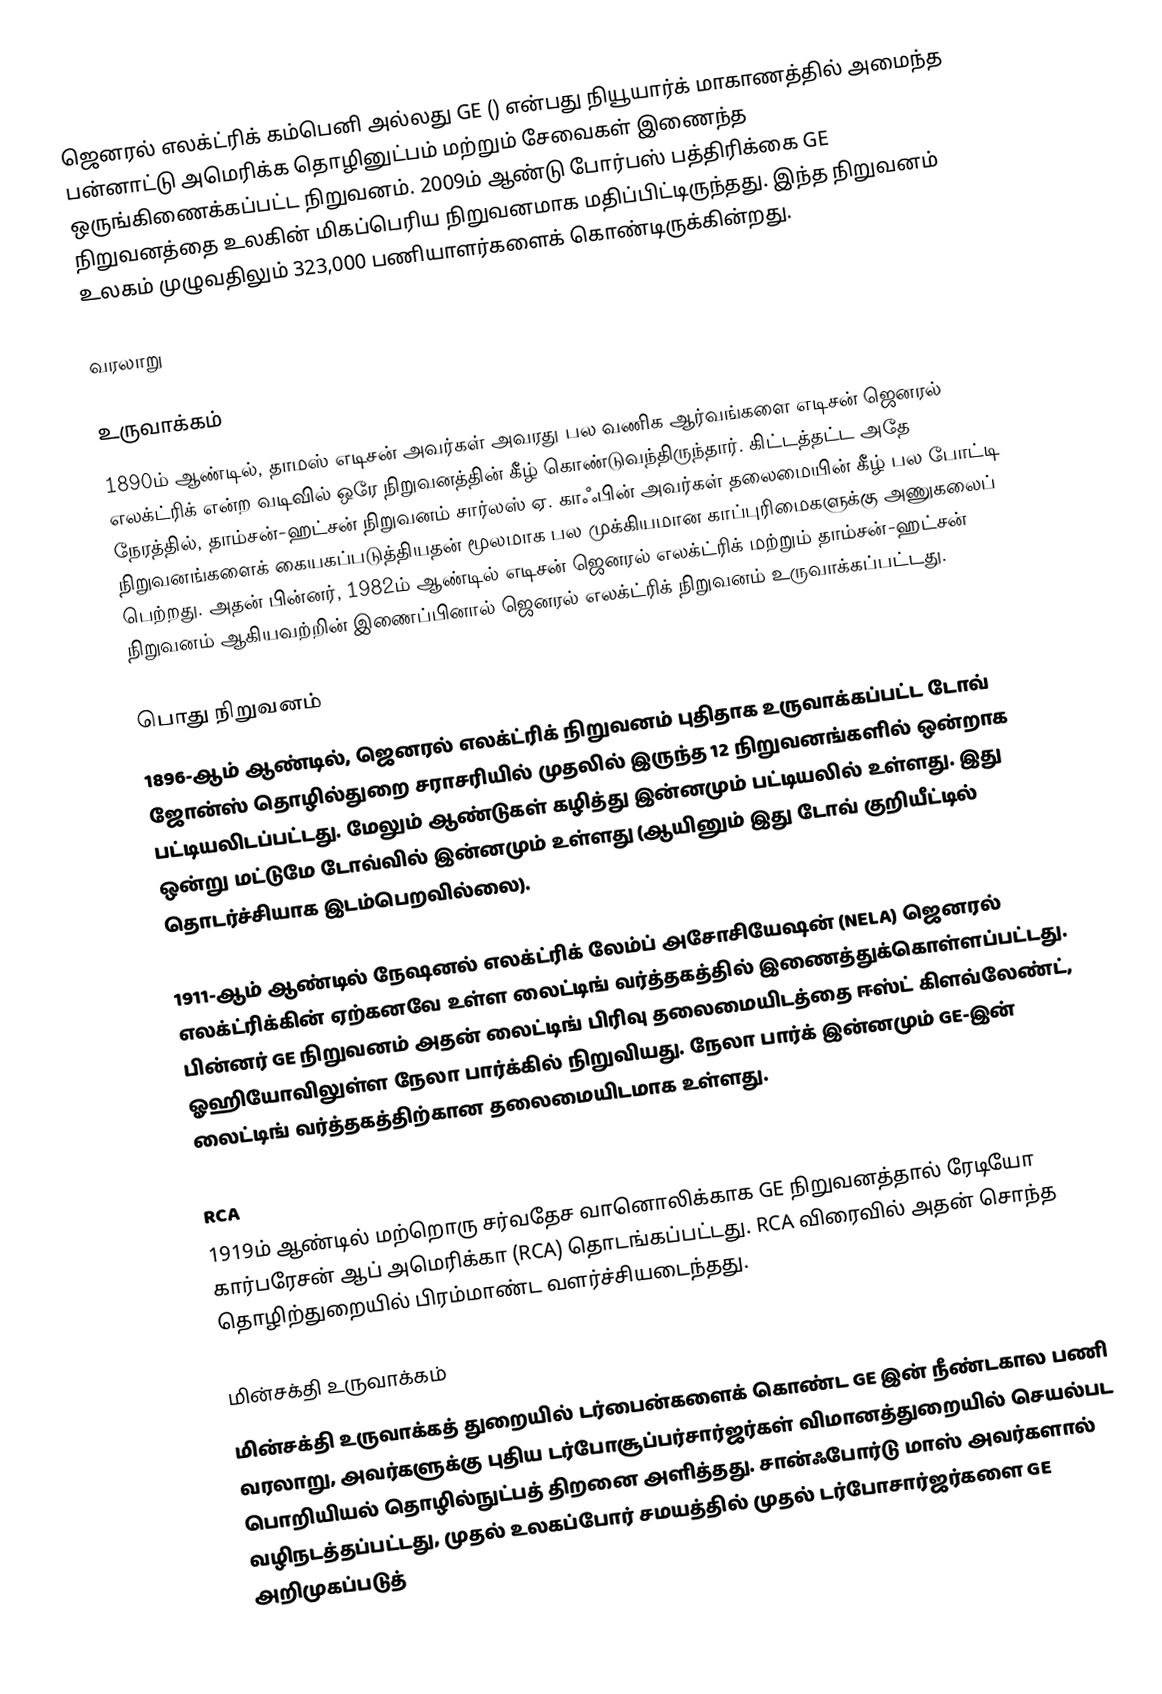
ஜெனரல் எலக்ட்ரிக் கம்பெனி அல்லது GE () என்பது நியூயார்க் மாகாணத்தில் அமைந்த பன்னாட்டு அமெரிக்க தொழினுட்பம் மற்றும் சேவைகள் இணைந்த ஒருங்கிணைக்கப்பட்ட நிறுவனம். 2009ம் ஆண்டு போர்பஸ் பத்திரிக்கை GE நிறுவனத்தை உலகின் மிகப்பெரிய நிறுவனமாக மதிப்பிட்டிருந்தது. இந்த நிறுவனம் உலகம் முழுவதிலும் 323,000 பணியாளர்களைக் கொண்டிருக்கின்றது.

வரலாறு

உருவாக்கம்
1890ம் ஆண்டில், தாமஸ் எடிசன் அவர்கள் அவரது பல வணிக ஆர்வங்களை எடிசன் ஜெனரல் எலக்ட்ரிக் என்ற வடிவில் ஒரே நிறுவனத்தின் கீழ் கொண்டுவந்திருந்தார். கிட்டத்தட்ட அதே நேரத்தில், தாம்சன்-ஹட்சன் நிறுவனம் சார்லஸ் ஏ. காஃபின் அவர்கள் தலைமையின் கீழ் பல போட்டி நிறுவனங்களைக் கையகப்படுத்தியதன் மூலமாக பல முக்கியமான காப்புரிமைகளுக்கு அணுகலைப் பெற்றது. அதன் பின்னர், 1982ம் ஆண்டில் எடிசன் ஜெனரல் எலக்ட்ரிக் மற்றும் தாம்சன்-ஹட்சன் நிறுவனம் ஆகியவற்றின் இணைப்பினால் ஜெனரல் எலக்ட்ரிக் நிறுவனம் உருவாக்கப்பட்டது.

பொது நிறுவனம்
1896-ஆம் ஆண்டில், ஜெனரல் எலக்ட்ரிக் நிறுவனம் புதிதாக உருவாக்கப்பட்ட டோவ் ஜோன்ஸ் தொழில்துறை சராசரியில் முதலில் இருந்த 12 நிறுவனங்களில் ஒன்றாக பட்டியலிடப்பட்டது. மேலும்  ஆண்டுகள் கழித்து இன்னமும் பட்டியலில் உள்ளது. இது ஒன்று மட்டுமே டோவ்வில் இன்னமும் உள்ளது (ஆயினும் இது டோவ் குறியீட்டில் தொடர்ச்சியாக இடம்பெறவில்லை).

1911-ஆம் ஆண்டில் நேஷனல் எலக்ட்ரிக் லேம்ப் அசோசியேஷன் (NELA) ஜெனரல் எலக்ட்ரிக்கின் ஏற்கனவே உள்ள லைட்டிங் வர்த்தகத்தில் இணைத்துக்கொள்ளப்பட்டது. பின்னர் GE நிறுவனம் அதன் லைட்டிங் பிரிவு தலைமையிடத்தை ஈஸ்ட் கிளவ்லேண்ட், ஓஹியோவிலுள்ள நேலா பார்க்கில் நிறுவியது. நேலா பார்க் இன்னமும் GE-இன் லைட்டிங் வர்த்தகத்திற்கான தலைமையிடமாக உள்ளது.

RCA
1919ம் ஆண்டில் மற்றொரு சர்வதேச வானொலிக்காக GE நிறுவனத்தால் ரேடியோ கார்பரேசன் ஆப் அமெரிக்கா (RCA) தொடங்கப்பட்டது. RCA விரைவில் அதன் சொந்த தொழிற்துறையில் பிரம்மாண்ட வளர்ச்சியடைந்தது.

மின்சக்தி உருவாக்கம்
மின்சக்தி உருவாக்கத் துறையில் டர்பைன்களைக் கொண்ட GE இன் நீண்டகால பணி வரலாறு, அவர்களுக்கு புதிய டர்போசூப்பர்சார்ஜர்கள் விமானத்துறையில் செயல்பட பொறியியல் தொழில்நுட்பத் திறனை அளித்தது. சான்ஃபோர்டு மாஸ் அவர்களால் வழிநடத்தப்பட்டது, முதல் உலகப்போர் சமயத்தில் முதல் டர்போசார்ஜர்களை GE அறிமுகப்படுத்